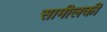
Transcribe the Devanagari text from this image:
सामीलकी